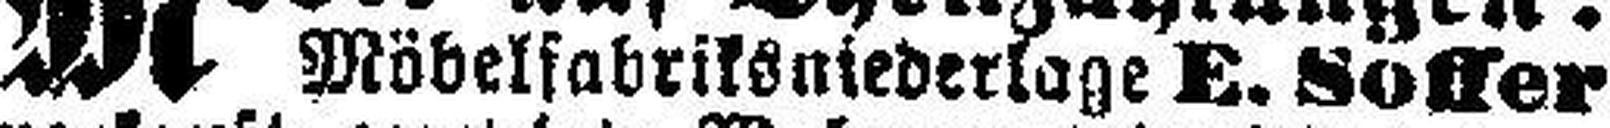
Möbelfabriksniederlage E. Soffer